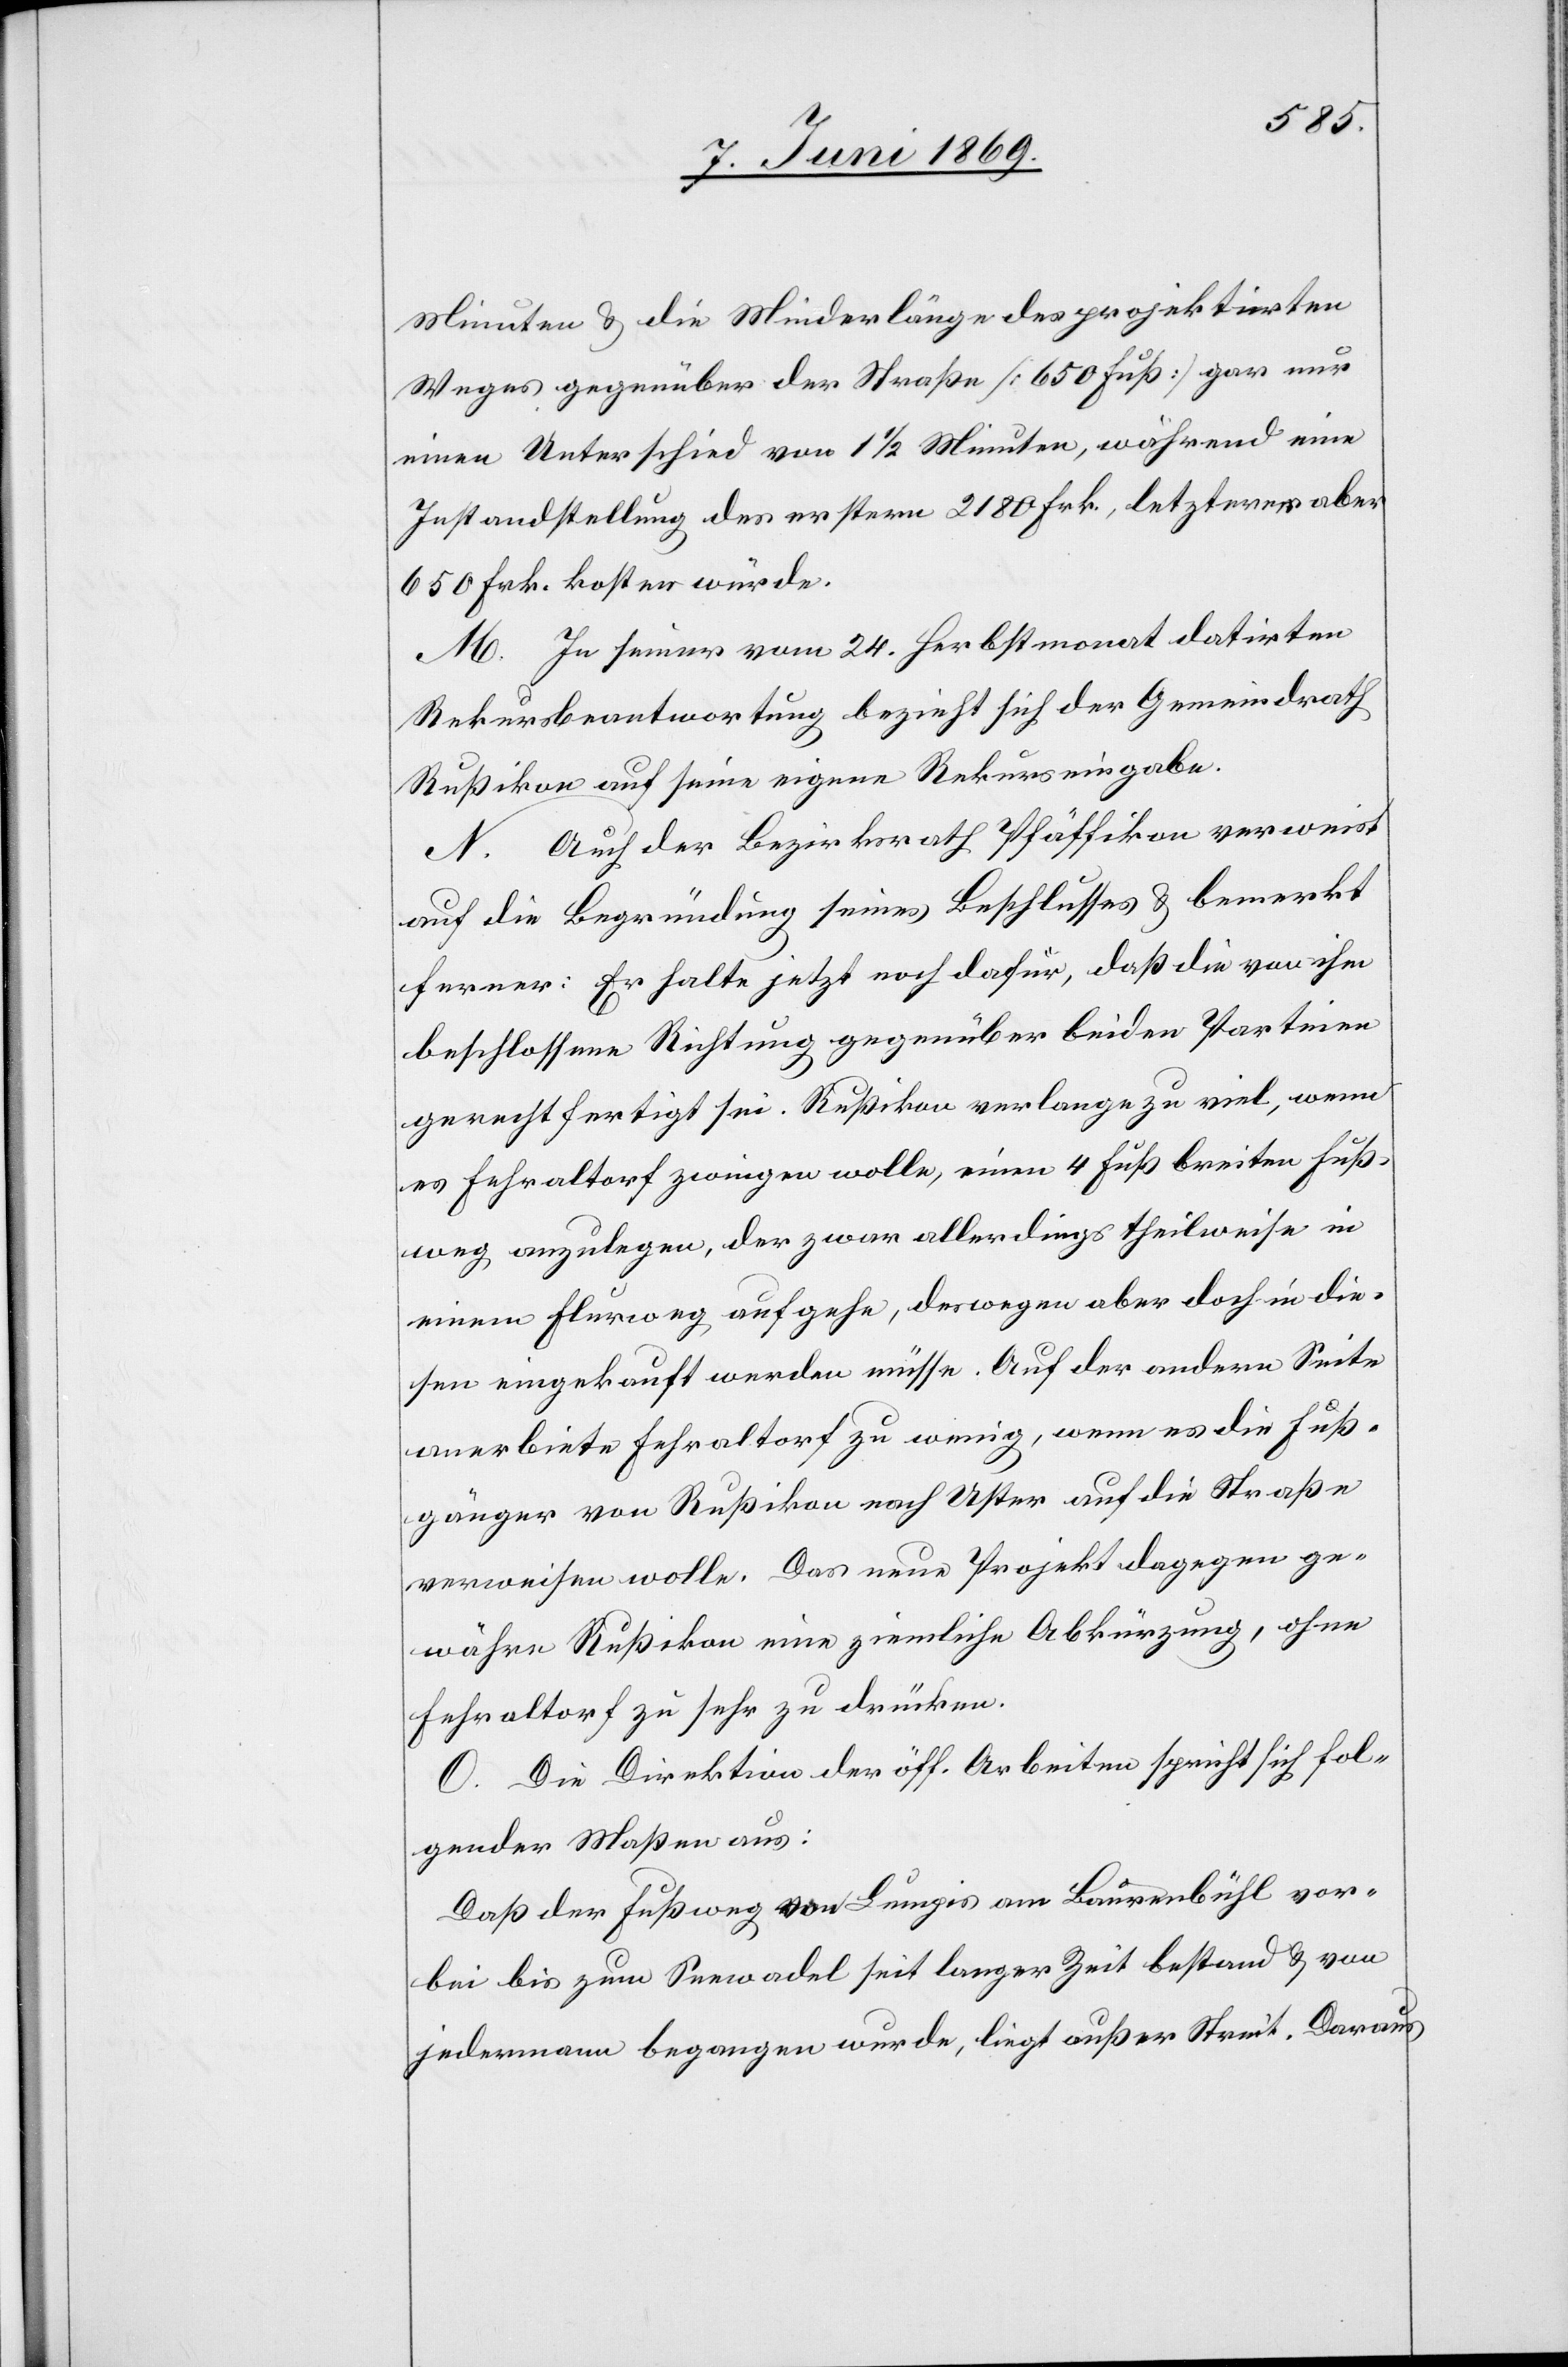
Minuten u. die Minderlänge des projektirten
Weges gegenüber der Straße [650 Fuß] gar nur
einen Unterschied von 1 1/2 Minuten, während eine
Instandstellung des erstern 2180 Frk., letzterer aber
650 Frk. kosten würde.
M. In seiner vom 24. Herbstmonat datirten
Rekursbeantwortung bezieht sich der Gemeindrath
Rußikon auf seine eigene Rekurseingabe.
N. Auch der Bezirksrath Pfäffikon verweist
auf die Begründung seines Beschlusses u. bemerkt
ferner: Er halte jetzt noch dafür, daß die von ihm
beschlossene Richtung gegenüber beiden Parteien
gerechtfertigt sei. Rußikon verlange zu viel, wenn
es Fehraltorf zwingen wolle, einen 4 Fuß breiten Fuß¬
weg anzulegen, der zwar allerdings theilweise in
einen Flurweg aufgehe, deswegen aber doch in die¬
sen eingekauft werden müsse. Auf der andern Seite
anerbiete Fehraltorf zu wenig, wenn es die Fuß¬
gänger von Rußikon nach Uster auf die Straße
verweisen wolle. Das neue Projekt dagegen ge¬
währe Rußikon eine ziemliche Abkürzung, ohne
Fehraltorf zu sehr zu drücken.
O. Die Direktion der öff. Arbeiten spricht sich fol¬
gender Maßen aus:
Daß der Fußweg von Lungis am Baurenbühl vor¬
bei bis zum Seewadel seit langer Zeit bestand u. von
jedermann begangen wurde, liegt außer Streit. Daraus